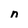
Character: n